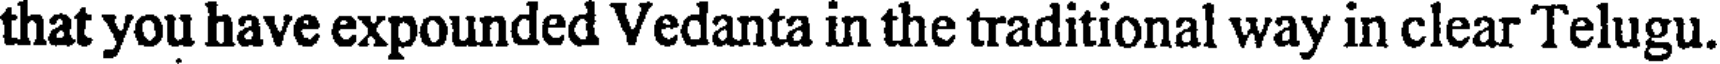
that you have expounded Vedanta in the traditional way in clear Telugu.